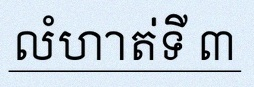
លំហាត់ទី ៣